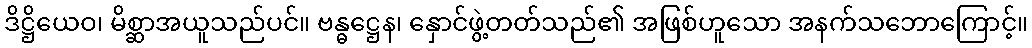
ဒိဋ္ဌိယေဝ၊ မိစ္ဆာအယူသည်ပင်။ ဗန္ဓဋ္ဌေန၊ နှောင်ဖွဲ့တတ်သည်၏ အဖြစ်ဟူသော အနက်သဘောကြောင့်။